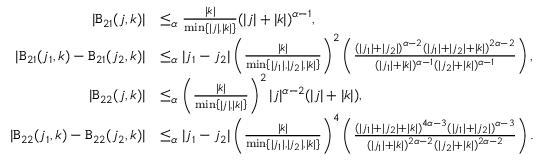
\begin{array} { r l } { | \mathtt { B } _ { 2 1 } ( j , k ) | } & { \le _ { \alpha } \frac { | k | } { \operatorname* { m i n } \left\{ | j | , | k | \right\} } ( | j | + | k | ) ^ { \alpha - 1 } , } \\ { | \mathtt { B } _ { 2 1 } ( j _ { 1 } , k ) - \mathtt { B } _ { 2 1 } ( j _ { 2 } , k ) | } & { \le _ { \alpha } | j _ { 1 } - j _ { 2 } | \left( \frac { | k | } { \operatorname* { m i n } \left\{ | j _ { 1 } | , | j _ { 2 } | , | k | \right\} } \right) ^ { 2 } \left( \frac { ( | j _ { 1 } | + | j _ { 2 } | ) ^ { \alpha - 2 } ( | j _ { 1 } | + | j _ { 2 } | + | k | ) ^ { 2 \alpha - 2 } } { ( | j _ { 1 } | + | k | ) ^ { \alpha - 1 } ( | j _ { 2 } | + | k | ) ^ { \alpha - 1 } } \right) , } \\ { | \mathtt { B } _ { 2 2 } ( j , k ) | } & { \le _ { \alpha } \left( \frac { | k | } { \operatorname* { m i n } \left\{ | j | , | k | \right\} } \right) ^ { 2 } | j | ^ { \alpha - 2 } ( | j | + | k | ) , } \\ { | \mathtt { B } _ { 2 2 } ( j _ { 1 } , k ) - \mathtt { B } _ { 2 2 } ( j _ { 2 } , k ) | } & { \le _ { \alpha } | j _ { 1 } - j _ { 2 } | \left( \frac { | k | } { \operatorname* { m i n } \left\{ | j _ { 1 } | , | j _ { 2 } | , | k | \right\} } \right) ^ { 4 } \left( \frac { ( | j _ { 1 } | + | j _ { 2 } | + | k | ) ^ { 4 \alpha - 3 } ( | j _ { 1 } | + | j _ { 2 } | ) ^ { \alpha - 3 } } { ( | j _ { 1 } | + | k | ) ^ { 2 \alpha - 2 } ( | j _ { 2 } | + | k | ) ^ { 2 \alpha - 2 } } \right) . } \end{array}